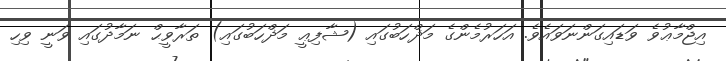
އިޖްމާޢުވެ ވަޑައިގަންނަވައެވެ. އަހަރުމެންގެ މަޛްހަބުގައި (ޝާފިޢީ މަޛްހަބުގައި) ތަރާވީޙް ނަމާދުގައި ވަނީ ވިހި